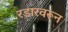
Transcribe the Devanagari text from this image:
रडारवरून